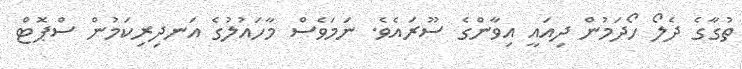
ތުގާގެ ދެލޯ ހޯދަމުން ދިއައީ އިވާންގެ ސޫރައެވެ. ނަމަވެސް މާހައުލުގެ އަނދިރިކަމުން ސްޕޮޓް